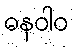
ဓနဝါဝ